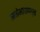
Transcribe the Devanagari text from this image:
मनोभावापन्न